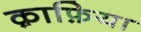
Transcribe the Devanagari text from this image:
क़ाफ़िया